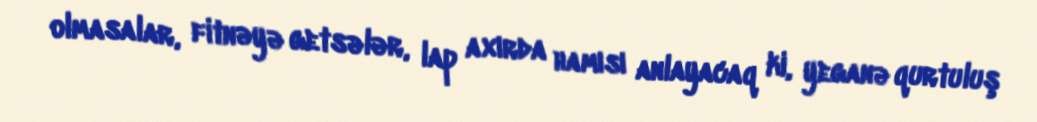
olmasalar, fitnəyə getsələr, lap axırda hamısı anlayacaq ki, yeganə qurtuluş